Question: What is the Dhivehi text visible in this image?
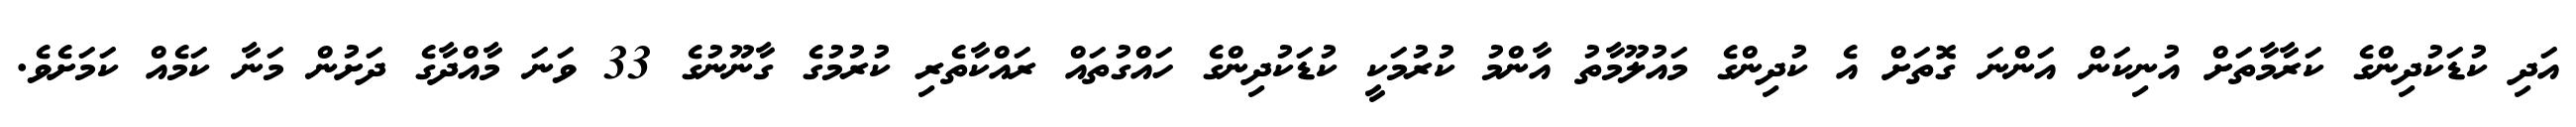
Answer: އަދި ކުޑަކުދިންގެ ކަރާމާތަށް އުނިކަން އަންނަ ގޮތަށް އެ ކުދިންގެ މައުލޫމާތު އާންމު ކުރުމަކީ ކުޑަކުދިންގެ ހައްގުތައް ރައްކާތެރި ކުރުމުގެ ގާނޫނުގެ 33 ވަނަ މާއްދާގެ ދަށުން މަނާ ކަމެއް ކަމަށެވެ.